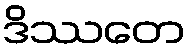
ဒိဿတေ